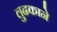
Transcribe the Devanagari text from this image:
लुढकाने